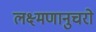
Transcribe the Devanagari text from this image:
लक्ष्मणानुचरो